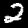
Digit: 2